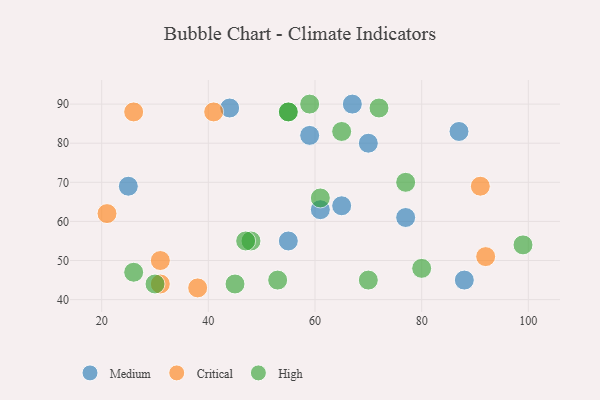
{"axis": {"x": "GDP", "y": "Life Expectancy"}, "legend": ["Critical", "High", "Medium"], "data": [{"x": "44", "y": 89, "type": "Medium"}, {"x": "61", "y": 63, "type": "Medium"}, {"x": "87", "y": 83, "type": "Medium"}, {"x": "59", "y": 82, "type": "Medium"}, {"x": "25", "y": 69, "type": "Medium"}, {"x": "88", "y": 45, "type": "Medium"}, {"x": "70", "y": 80, "type": "Medium"}, {"x": "77", "y": 61, "type": "Medium"}, {"x": "67", "y": 90, "type": "Medium"}, {"x": "65", "y": 64, "type": "Medium"}, {"x": "55", "y": 55, "type": "Medium"}, {"x": "26", "y": 88, "type": "Critical"}, {"x": "92", "y": 51, "type": "Critical"}, {"x": "41", "y": 88, "type": "Critical"}, {"x": "21", "y": 62, "type": "Critical"}, {"x": "31", "y": 44, "type": "Critical"}, {"x": "31", "y": 50, "type": "Critical"}, {"x": "38", "y": 43, "type": "Critical"}, {"x": "91", "y": 69, "type": "Critical"}, {"x": "77", "y": 70, "type": "High"}, {"x": "53", "y": 45, "type": "High"}, {"x": "80", "y": 48, "type": "High"}, {"x": "99", "y": 54, "type": "High"}, {"x": "61", "y": 66, "type": "High"}, {"x": "26", "y": 47, "type": "High"}, {"x": "55", "y": 88, "type": "High"}, {"x": "48", "y": 55, "type": "High"}, {"x": "70", "y": 45, "type": "High"}, {"x": "72", "y": 89, "type": "High"}, {"x": "59", "y": 90, "type": "High"}, {"x": "47", "y": 55, "type": "High"}, {"x": "65", "y": 83, "type": "High"}, {"x": "45", "y": 44, "type": "High"}, {"x": "30", "y": 44, "type": "High"}, {"x": "55", "y": 88, "type": "High"}]}